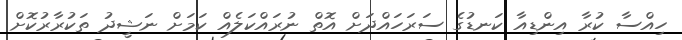
ހިއްސާ ކުރާ އިންޑިއާ ކަނޑުގެ ސަރަހައްދަށް އޮތް ނުރައްކަލެއް ކަމަށް ނަޝީދު ތަކުރާރުކޮށް